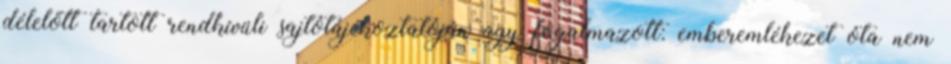
délelőtt tartott rendkívüli sajtótájékoztatóján úgy fogalmazott: emberemlékezet óta nem